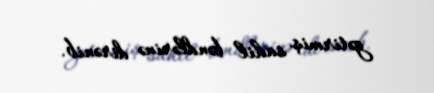
gətirmiş sahil bəndlərinə dirənib.